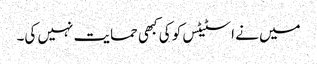
میں نے اسٹیٹس کو کی کبھی حمایت نہیں کی۔